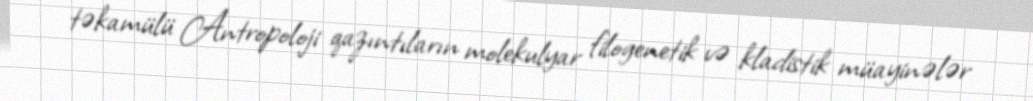
təkamülü Antropoloji qazıntıların molekulyar filogenetik və kladistik müayinələr